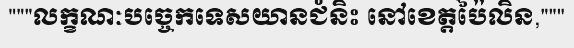
"""លក្ខណៈបច្ចេកទេសយានជំនិះ នៅខេត្តប៉ៃលិន,"""